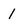
Character: 1